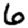
Digit: 6